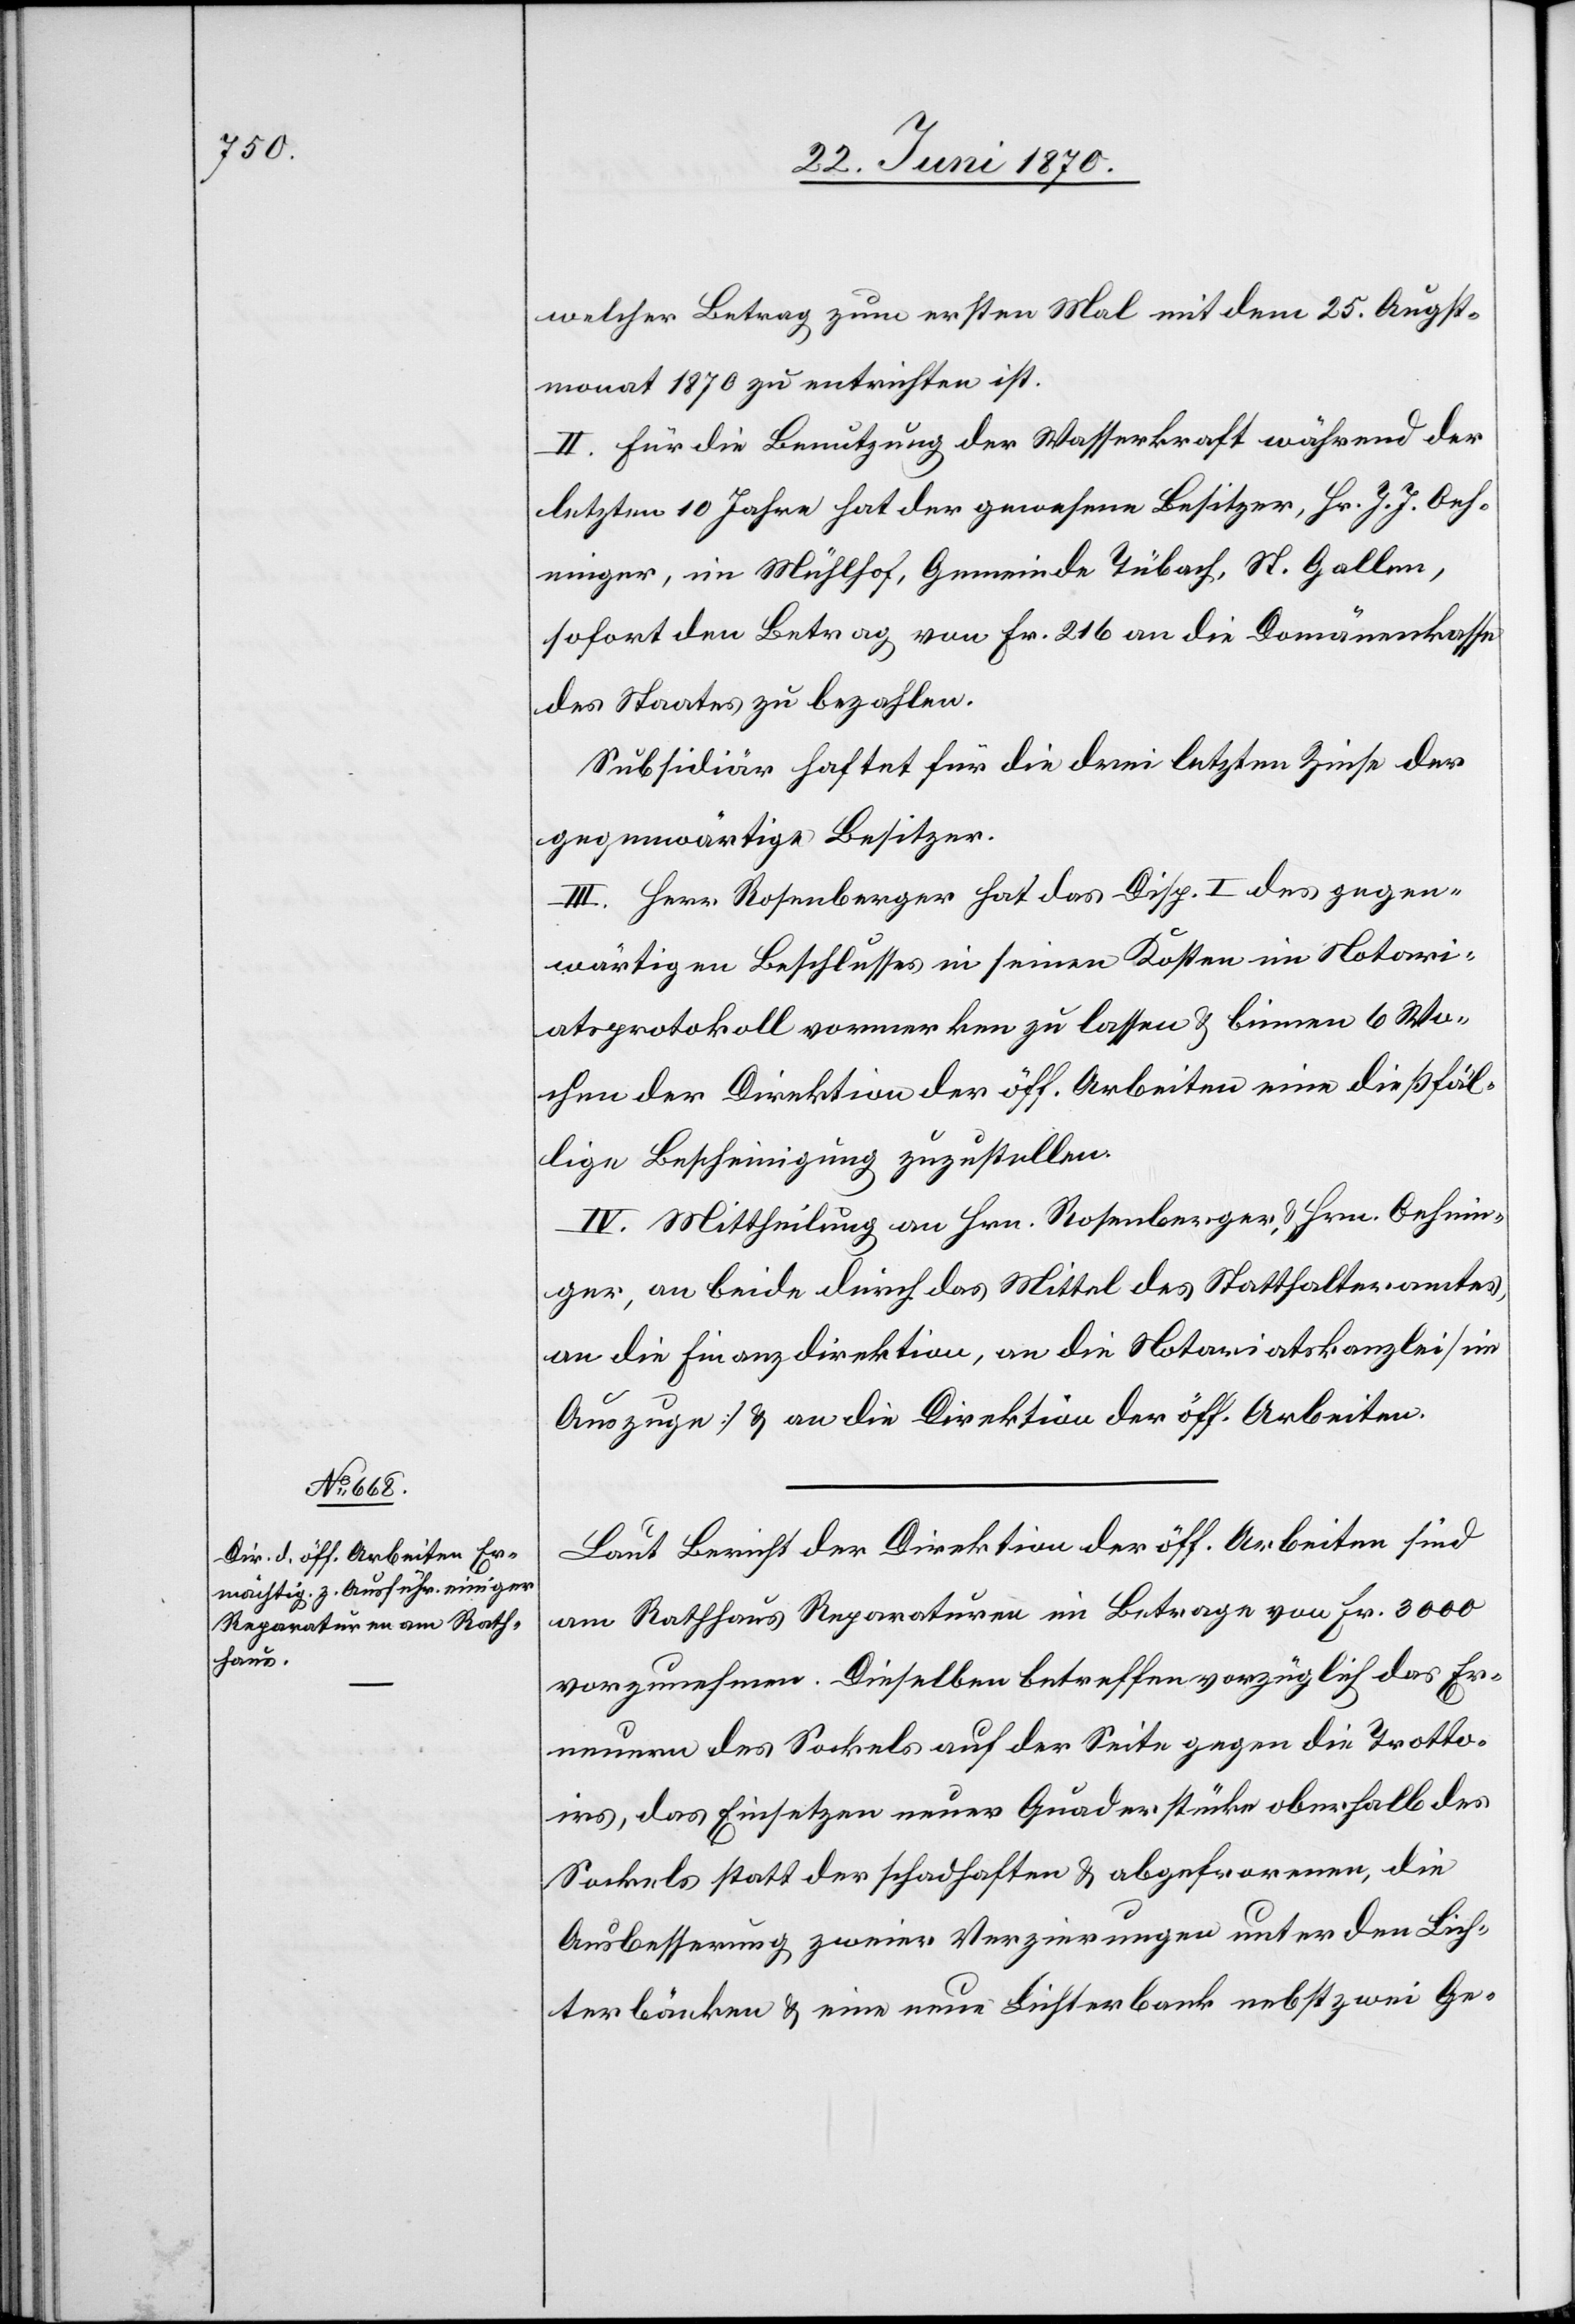
welcher Betrag zum ersten Mal mit dem 25. Augst¬
monat 1870 zu entrichten ist.
II. Für die Benutzung der Wasserkraft während der
letzten 10 Jahre hat der gewesene Besitzer, Hr. J. J. Oeh¬
ninger, im Mühlhof, Gemeinde Tübach, St. Gallen,
sofort den Betrag von Fr. 216 an die Domänenkasse
des Staates zu bezahlen.
Subsidiär haftet für die drei letzten Zinse der
gegenwärtig Besitzer.
III. Herr Rosenberger hat das Disp. I des gegen¬
wärtigen Beschlusses in seinen Kosten im Notari¬
atsprotokoll vormerken zu lassen & binnen 6 Wo¬
chen der Direktion der öff. Arbeiten eine dießfäl¬
lige Bescheinigung zuzustellen.
IV. Mittheilung an Hrn. Rosenberger, & Hrn. Oehnin¬
ger, an beide durch das Mittel des Statthalteramtes,
an die Finanzdirektion, an die Notariatskanzlei [im
Auszuge] & an die Direktion der öff. Arbeiten.
Laut Bericht der Direktion der öff. Arbeiten sind
am Rathhaus Reparaturen im Betrage von Fr. 3000
vorzunehmen. Dieselben betreffen vorzüglich das Er¬
neuern des Sockels auf der Seite gegen die Trotto¬
irs, das Einsetzen neuer Quaderstücke oberhalb des
Sockels statt der schadhaften & abgefrorenen, die
Ausbesserung zweier Verzierungen unter den Lich¬
terbänken & eine neue Lichterbank nebst zwei Ge-